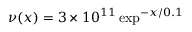
\nu ( x ) = 3 \times 1 0 ^ { 1 1 } \exp ^ { - x / 0 . 1 }